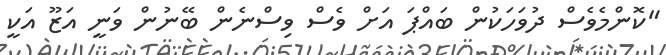
"ކޮންމެވެސް ދުވަހަކުން ބައްޕަ އަށް ވެސް ވިސްނެން ބޭނުން ވަނީ އަޒޫ އަކީ